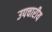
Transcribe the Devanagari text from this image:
उपचारीय